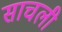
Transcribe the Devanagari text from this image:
साचली